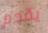
يقدم